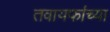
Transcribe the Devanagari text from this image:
तवायफांच्या